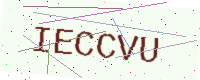
Text: IECCVU